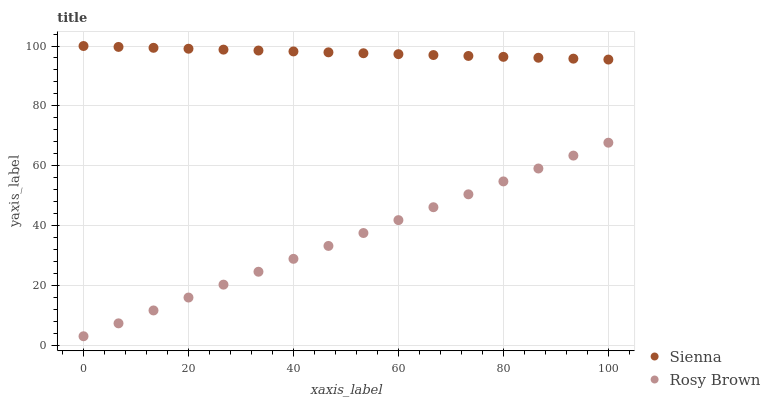
| xaxis_label | Sienna | Rosy Brown |
 | --- | --- | --- |
 | 0 | 100 | 3 |
 | 6.67 | 99.7 | 7.31 |
 | 13.3 | 99.4 | 11.6 |
 | 20 | 99.1 | 15.9 |
 | 26.7 | 98.8 | 20.2 |
 | 33.3 | 98.5 | 24.6 |
 | 40 | 98.2 | 28.9 |
 | 46.7 | 97.9 | 33.2 |
 | 53.3 | 97.6 | 37.5 |
 | 60 | 97.3 | 41.8 |
 | 66.7 | 97 | 46.1 |
 | 73.3 | 96.7 | 50.4 |
 | 80 | 96.4 | 54.7 |
 | 86.7 | 96.1 | 59.1 |
 | 93.3 | 95.8 | 63.4 |
 | 100 | 95.5 | 67.7 |